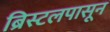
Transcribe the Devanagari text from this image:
ब्रिस्टलपासून